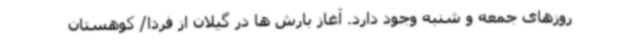
روزهای جمعه و شنبه وجود دارد. آغاز بارش ها در گیلان از فردا/ کوهستان